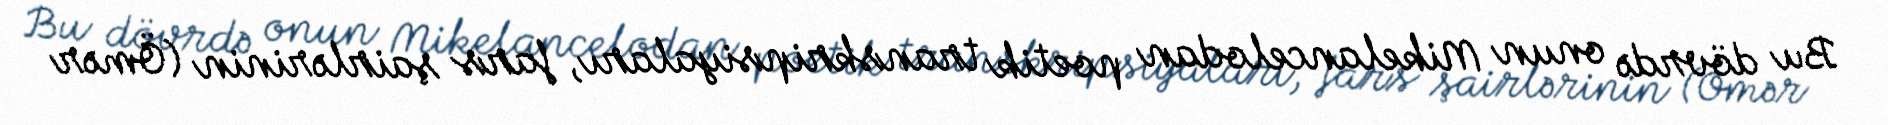
Bu dövrdə onun Mikelancelodan poetik transkripsiyaları, fars şairlərinin (Ömər